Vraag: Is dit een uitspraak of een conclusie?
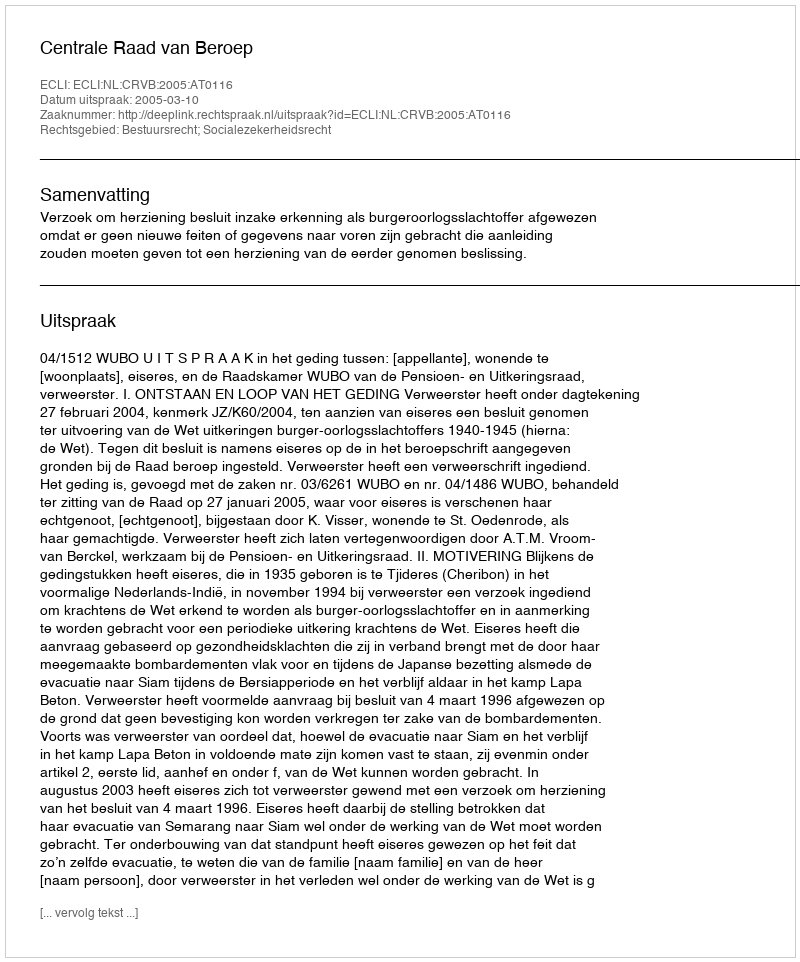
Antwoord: Uitspraak